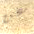
عن